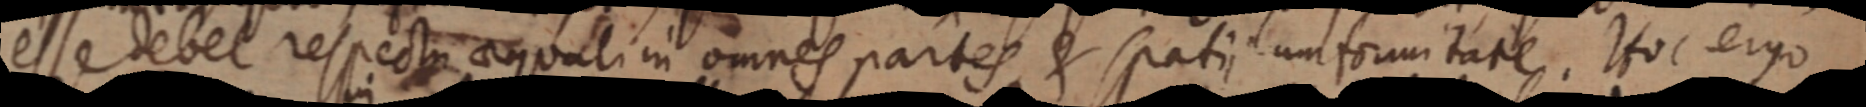
esse debet respectui aequali in omnes partes & spatii unformitate. Hoc ergo